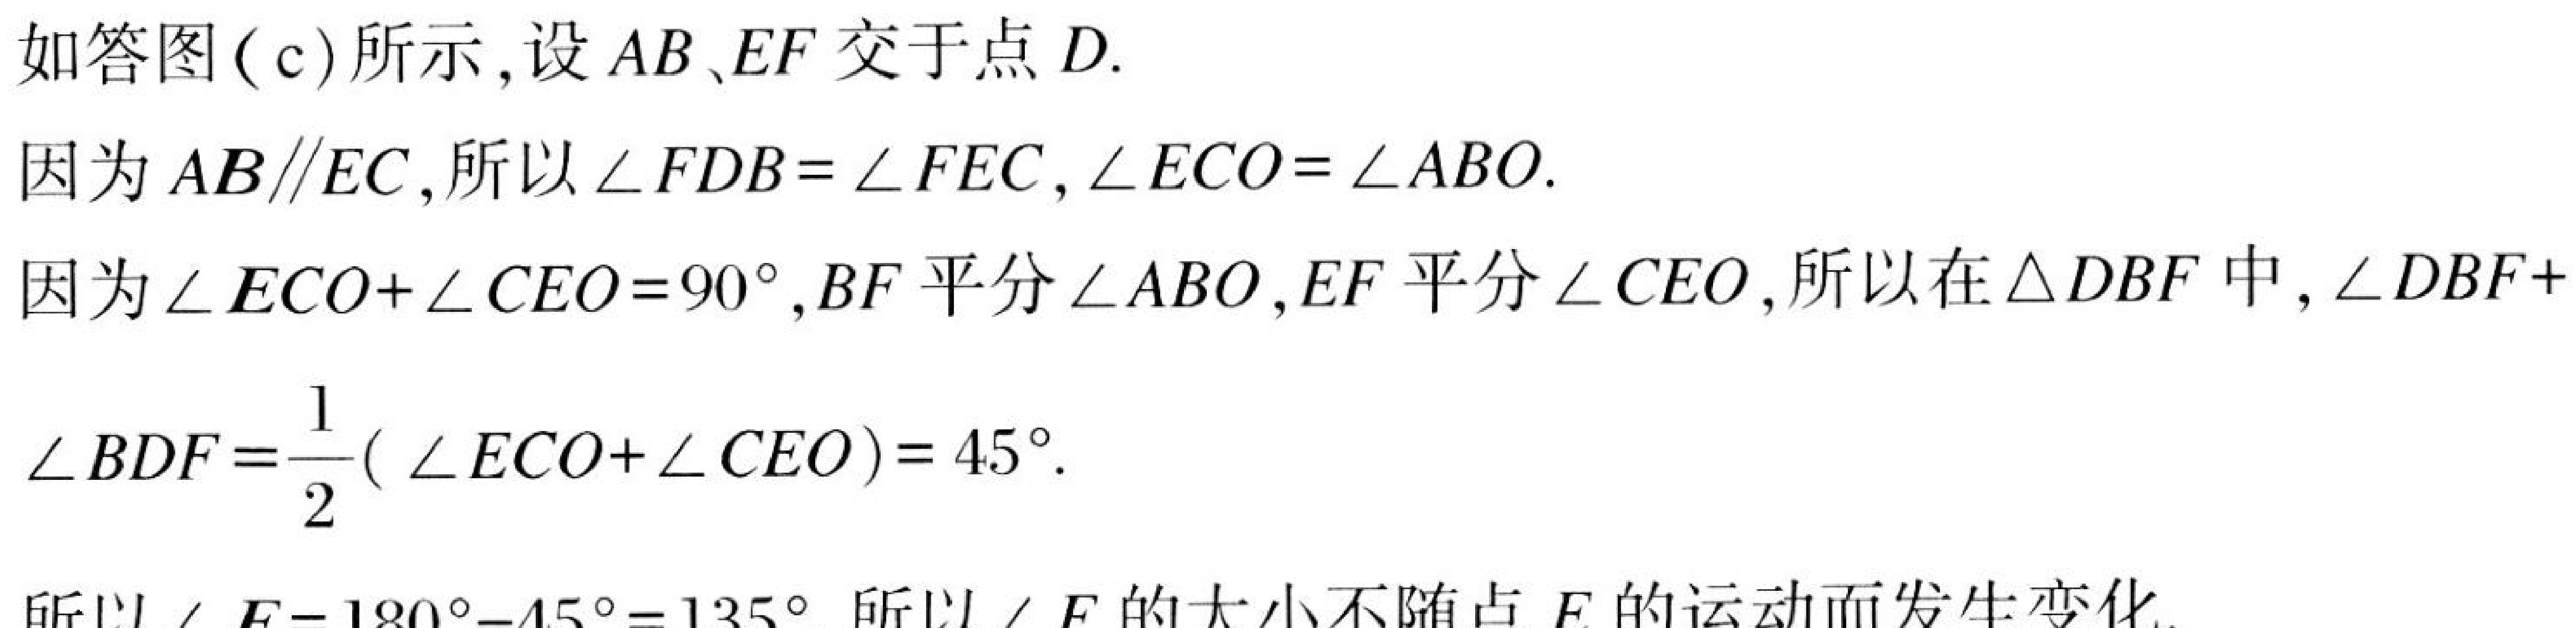
如答图(c)所示,设\(AB、EF\)交于点\(D\).
因为\(AB\parallel EC\),所以\(\angle FDB = \angle FEC,\angle ECO=\angle ABO\).
因为\(\angle ECO+\angle CEO = 90^{\circ},BF\)平分\(\angle ABO,EF\)平分\(\angle CEO\),所以在\(\triangle DBF\)中,\(\angle DBF+\)
\(\angle BDF=\frac{1}{2}(\angle ECO+\angle CEO)=45^{\circ}\).
所以\(\angle E = 180^{\circ}-45^{\circ}=135^{\circ}\).所以\(\angle E\)的大小不随点\(E\)的运动而发生变化.